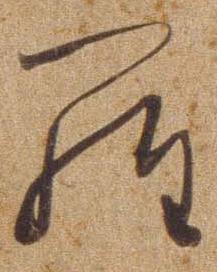
ら